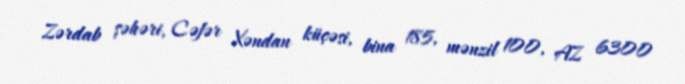
Zərdab şəhəri, Cəfər Xəndan küçəsi, bina 185, mənzil 100, AZ 6300